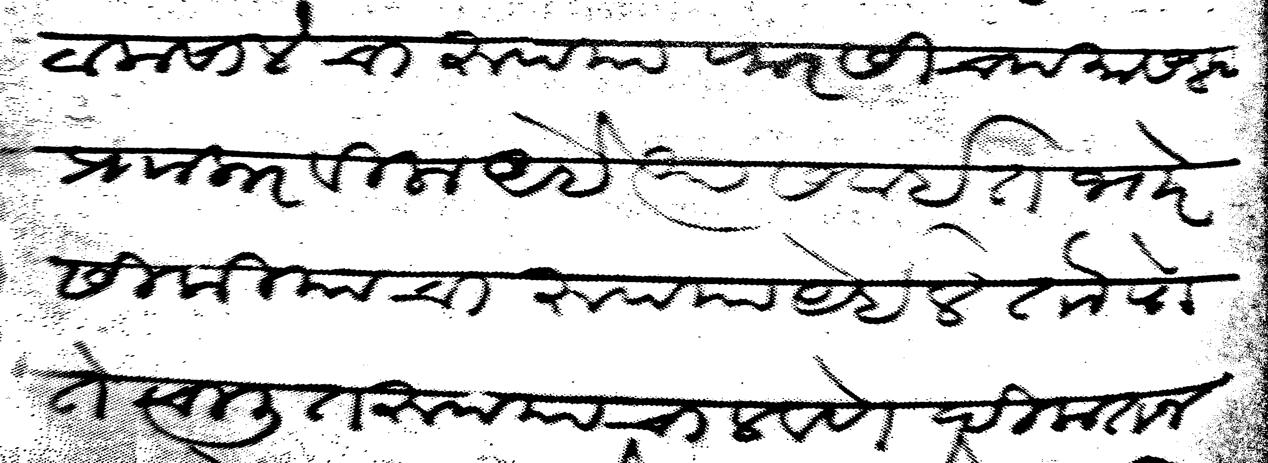
Transliteration (Devanagari): टाकसालेचा रुपया फारसीच्या मासल्या प्र करवीला आहे त्यास वाईत भोर सीकीयाचा रुपया येईल तो पोते चालीत रुपया चालवणे दिकत न